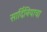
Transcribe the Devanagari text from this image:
सार्दिनियाचा